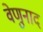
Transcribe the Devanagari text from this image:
वेणुनाद